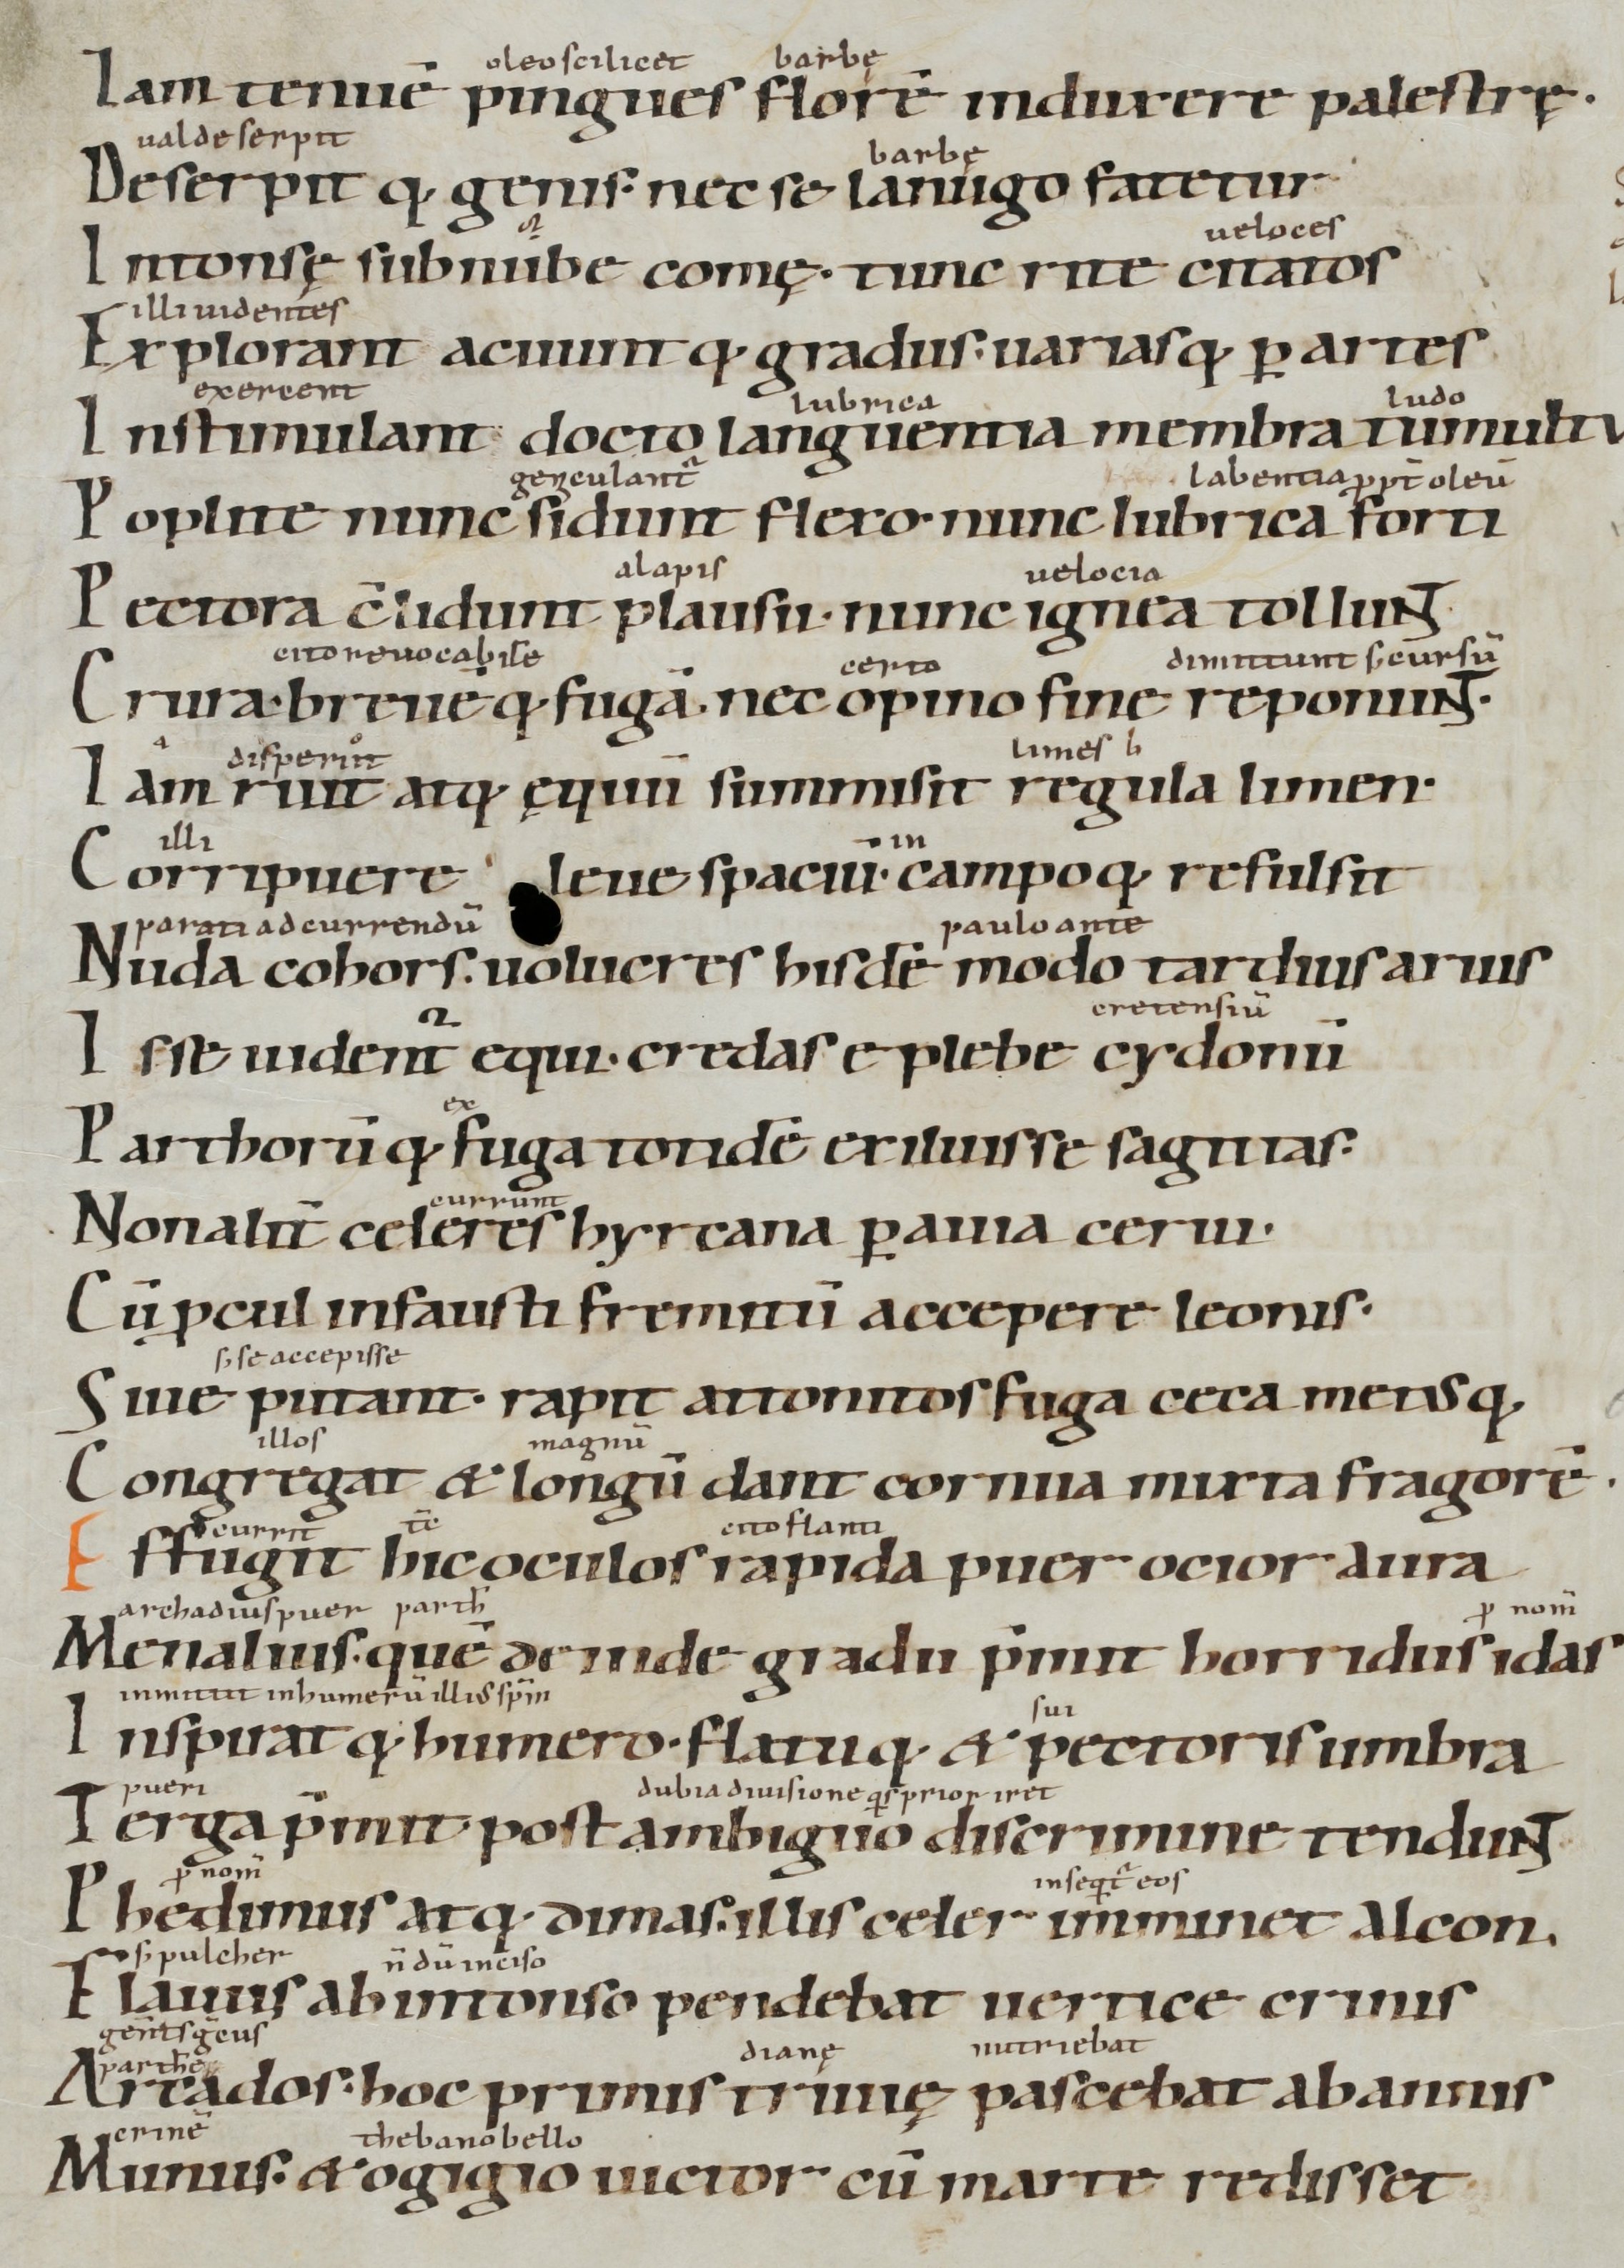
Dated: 900–1199